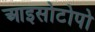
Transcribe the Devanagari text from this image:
आइसोटोपो